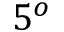
5 ^ { o }